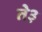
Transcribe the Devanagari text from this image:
ते३